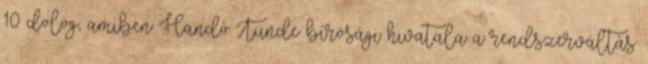
10 dolog, amiben Handó Tünde bírósági hivatala a rendszerváltás